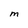
Character: M